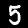
Label: 5